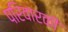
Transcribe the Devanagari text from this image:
परिवारकी